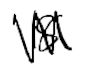
Text: 18
Cross-out: zig-zag
Writing tool: digital_black